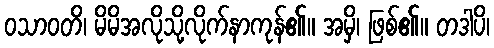
ဝသာဝတိ၊ မိမိအလိုသို့လိုက်နာကုန်၏။ အမှိ၊ ဖြစ်၏။ တဒါပိ၊